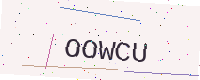
Text: OOWCU